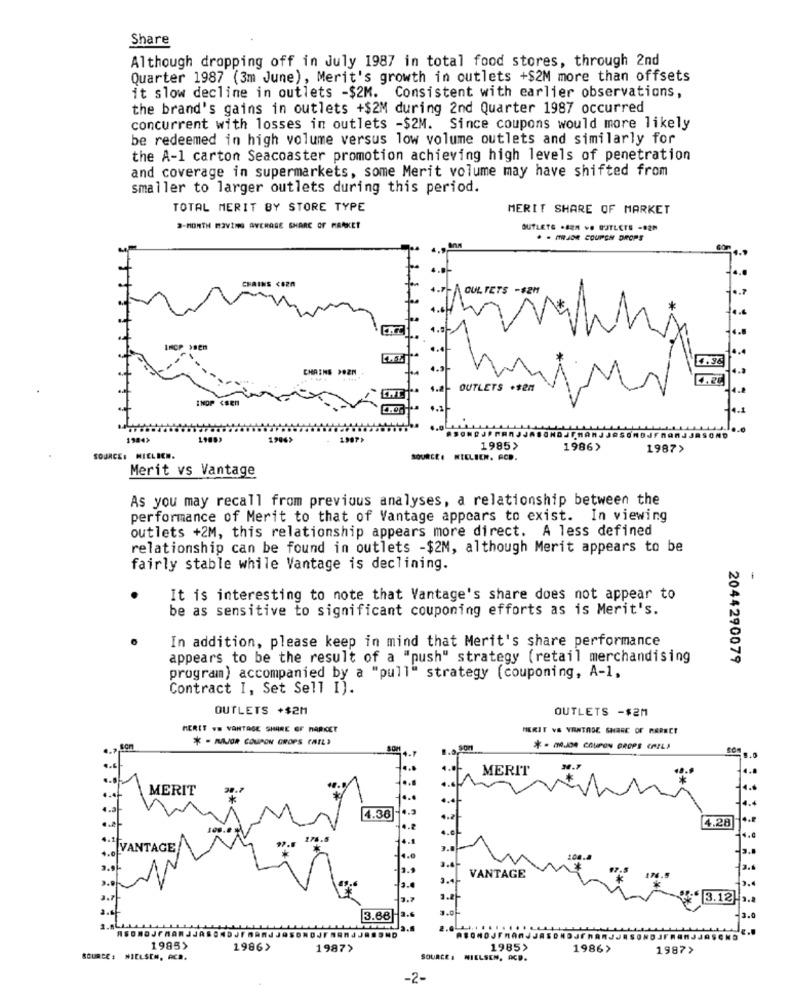
Share
Although dropping off in July 1987 in total food stores, through 2nd
Quarter 1987 (3m June), Merit's growth in outlets +$2M more than offsets
it slow decline in outlets -$2M. Consistent with earlier observations,
the brand's gains in outlets +$2M during 2nd Quarter 1987 occurred
concurrent with losses in outlets -$2M. Since coupons would more likely
be redeemed in high volume versus low volume outlets and similarly for
the A-1 carton Seacoaster promotion achieving high levels of penetration
and coverage in supermarkets, some Merit volume may have shifted from
smaller to larger outlets during this period.
TOTAL MERIT BY STORE TYPE
MERIT SHARE OF MARKET
3-MONTH MOVING AVERAGE SHARE OF MRAKET
OUTLETG .AZA VO OUTLETS -82M
. - MAJOR COUPON DROPS
NAINS <520
GUL TETS -$2M
INCP >BEM
CHAINS 202N
OUTLETS .$en
1984>
1994>
1985>
1986>
1987>
SOURCE: MIELICH.
SOURCEE NIELIEN. ACD.
Merit vs Vantage
As you may recall from previous analyses, a relationship between the
performance of Merit to that of Vantage appears to exist. In viewing
outlets +2M, this relationship appears more direct. A less defined
relationship can be found in outlets -$2M, although Merit appears to be
fairly stable while Vantage is declining.
It is interesting to note that Vantage's share does not appear to
be as sensitive to significant couponing efforts as is Merit's.
In addition, please keep in mind that Merit's share performance
appears to be the result of a "push" strategy (retail merchandising
2044290079
program) accompanied by a "pull" strategy (couponing, A-1.
Contract I, Set Sell I).
OUTLETS +$2M
OUTLETS -$2M
MERET WS VANTAGE SHARE OF MARKET
FERIT VS VANTROC SHARE OF PARECE
* - MOR COUPON GROPS (MIL)
SOM
MERIT
34.7
MERIT
4.36
4.28
VANTAGE
108.
2.
VANTAGE
3.12 .
3.68
ASONOJrManJJ
2.0 1 ... . .......
1985>
1986>
1987>
1985>
1986>
19877
SOURCE : NIELSEN, ACE.
SOURCE: NIELSEN, ACD.
-2-